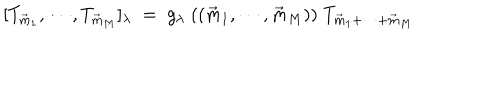
[ T _ { \vec { m } _ { 1 } } , \cdots , T _ { \vec { m } _ { M } } ] _ { \lambda } \; = \; g _ { \lambda } \; ( ( \vec { m } _ { 1 } , \cdots , \vec { m } _ { M } ) ) \; T _ { \vec { m } _ { 1 } + \cdots + \vec { m } _ { M } }